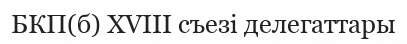
БКП(б) XVIII съезі делегаттары